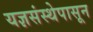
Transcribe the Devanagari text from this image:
यज्ञसंस्थेपासून